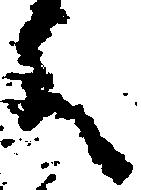
く